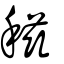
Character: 稵